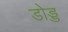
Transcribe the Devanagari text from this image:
डोड्ड